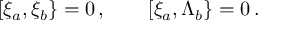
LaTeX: \lbrack \xi _ { a } , \xi _ { b } \} = 0 \, , \quad \quad \lbrack \xi _ { a } , \Lambda _ { b } \} = 0 \, .